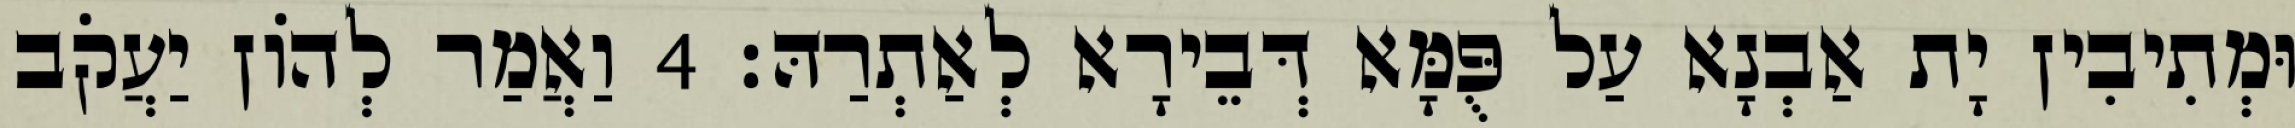
וּמְתִיבִין יָת אַבְנָא עַל פֻּמָּא דְּבֵירָא לְאַתְרַהּ׃ 4 וַאֲמַר לְהוֹן יַעֲקֹב